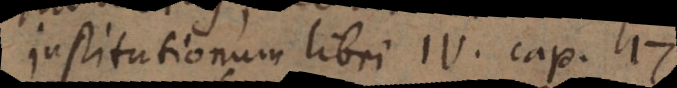
Institutionum libri IV. cap. 17.